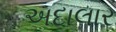
અદાલાર